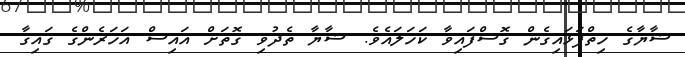
ޝާޔާގެ ހިތްފަޅައިގެން ގޮސްފައިވާ ކަހަލައެވެ. ޝާޔާ ތެދުވި ގޮތަށް އައިސް އަހަރެންގެ ގައިގާ